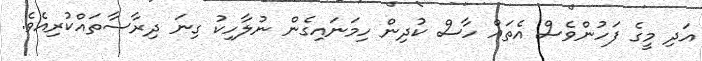
އަދި މީގެ ފަހުންވެސް އެތައް ހާސް ކުދިން ހިމަނައިގެން ނުލާހިކު ގިނަ ދިރާސާތައްކުރިއެވެ.